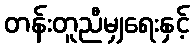
တန်းတူညီမျှရေးနှင့်